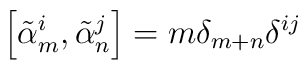
\left[ {\tilde \alpha}^i_m, {\tilde \alpha}^j_n\right]=m\delta_{m+n}\delta^{ij}